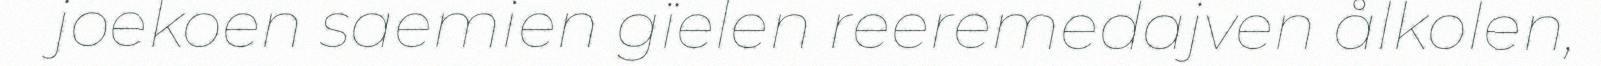
joekoen saemien gïelen reeremedajven ålkolen,